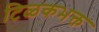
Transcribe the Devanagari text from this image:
टिळकभक्त